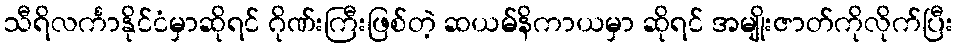
သီရိလင်္ကာနိုင်ငံမှာဆိုရင် ဂိုဏ်းကြီးဖြစ်တဲ့ ဆယမ်နိကာယမှာ ဆိုရင် အမျိုးဇာတ်ကိုလိုက်ပြီး